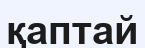
қаптай